system: You are a helpful assistant.
user:
Analyze the provided spectrum to determine if it is a **Carbon Star (C-type)**.

- **Key Visual Indicators of Carbon Star:**
    - **(Primary):** Strong molecular absorption from **C₂ (diatomic carbon) "Swan Bands."** This is the **defining feature** of a carbon star.
        - **(Key Bandheads):** Sharp absorption edges are visible at approximately $5635$ Å, $5165$ Å (the strongest band), and $4737$ Å.
        - **(Line Profile):** Creates a distinct **"saw-tooth"** pattern. The key morphology is a sharp, steep bandhead on the **red (long-wavelength) side**, which then gradually tapers off (i.e., flux recovers) towards the **blue (short-wavelength) side**. *(This is the direct opposite of the TiO bands seen in M-type stars)*.

    - **(Secondary):** Intense **CN (cyanogen)** molecular absorption bands.
        - **(Key Bandheads):** Located in the blue and violet regions of the spectrum (e.g., near $4215$ Å and $3883$ Å).
        - **(Morphology):** These bands are extremely broad and act as a "blanket," absorbing the vast majority of blue and violet light. This creates a characteristic **"cliff"** or **"steep drop-off"** in the spectrum's flux at short wavelengths.

    - **(Key Confirmation):** Strong **CH absorption band (G-band)**.
        - **(Key Bandhead):** Located around $4300$ Å. The contribution from CH molecules to this band is exceptionally strong.

    - **(Overall Spectrum):**
        - The continuum is severely "chopped up" by these deep molecular bands, especially C₂, rather than appearing as a smooth curve.
        - Due to the heavy CN and C₂ absorption in the blue-green, the vast majority of the star's flux is concentrated in the red part of the spectrum, giving the star its characteristic deep red color.

Think first, call **spectral_visualization_tool** if needed to examine features in detail, then provide your final answer. Your response must adhere to the following strict rules:
1.  **Overall Structure:** Your response must follow the format `<think>...</think> <tool_call>...</tool_call> (if a tool is used) <answer>...</answer>`.
2.  **Tool Usage Constraint:** You may only make **one** tool call per turn.
3.  **Final Answer Format:** In the `<answer>` tag, your conclusion must be inside a `\boxed{}` command (e.g., `\boxed{YES}`), followed by your justification.

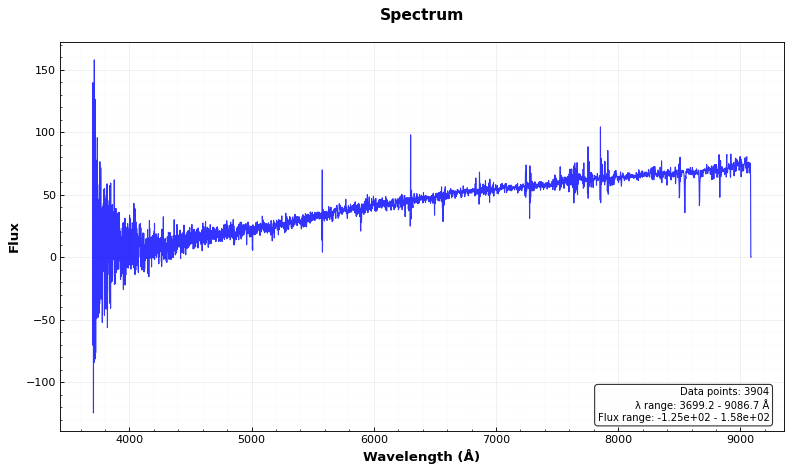
Answer: NO